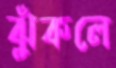
ঝুঁকলে